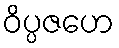
ဝိပ္ပဇဟေ